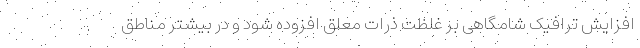
افزایش ترافیک شامگاهی بر غلظت ذرات معلق افزوده شود و در بیشتر مناطق